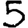
Digit: 5